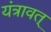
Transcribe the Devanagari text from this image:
यंत्रावत्